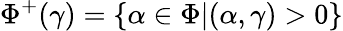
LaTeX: \Phi^{+}(\gamma)=\{ \alpha\in\Phi|(\alpha,\gamma)>0\}